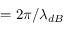
= 2 \pi / \lambda _ { d B }